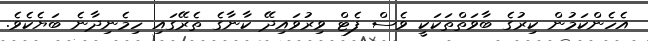
އެހެންކަމުން ކިރުގެ ބާވަތްތަކަކީ ވެސް ފެޓް ވިރުވައިދޭ ކާނާގެ ތެރޭގައި ހިމެނިދާނެ ބަޔެކެވެ.